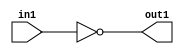
`timescale 1ps / 1ps
/*****************************************************************************
    Verilog RTL Description
    
    
    Created by: Stratus DpOpt 2019.1.01 
*******************************************************************************/

module st_weight_addr_gen_Not_1U_1U_4_10 (
	in1,
	out1
	); /* architecture "behavioural" */ 
input  in1;
output  out1;
wire  asc001;

assign asc001 = 
	((~in1));

assign out1 = asc001;
endmodule

/* CADENCE  urbzTwo= : u9/ySgnWtBlWxVPRXgAZ4Og= ** DO NOT EDIT THIS LINE ******/